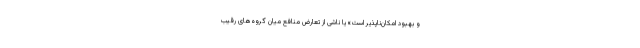
و بهبود امکان‌ناپذیر است» یا ناشی از تعارض منافع میان گروه‌های رقیب